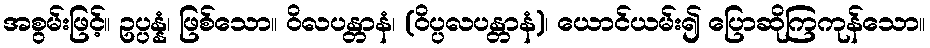
အစွမ်းဖြင့်။ ဥပ္ပန္နံ၊ ဖြစ်သော။ ဝိလပန္တာနံ၊ (ဝိပ္ပလပန္တာနံ)၊ ယောင်ယမ်း၍ ပြောဆိုကြကုန်သော။